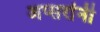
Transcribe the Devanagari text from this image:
अप्सरांनी